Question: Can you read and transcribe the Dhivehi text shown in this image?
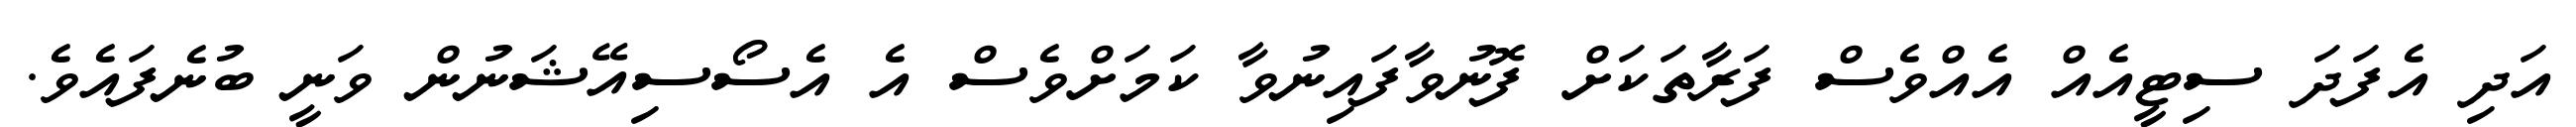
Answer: އަދި އެފަދަ ސިޓީއެއް އެއްވެސް ފަރާތަކަށް ފޮނުވާފައިނުވާ ކަމަށްވެސް އެ އެސޯސިއޭޝަނުން ވަނީ ބުނެފައެވެ.